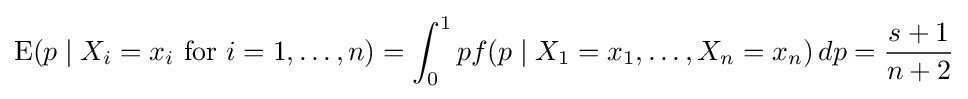
\operatorname {E} (p\mid X_{i}=x_{i}{\text{ for }}i=1,\dots ,n)=\int _{0}^{1}pf(p\mid X_{1}=x_{1},\ldots ,X_{n}=x_{n})\,dp={s+1 \over n+2}